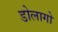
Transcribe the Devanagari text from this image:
डोलागो